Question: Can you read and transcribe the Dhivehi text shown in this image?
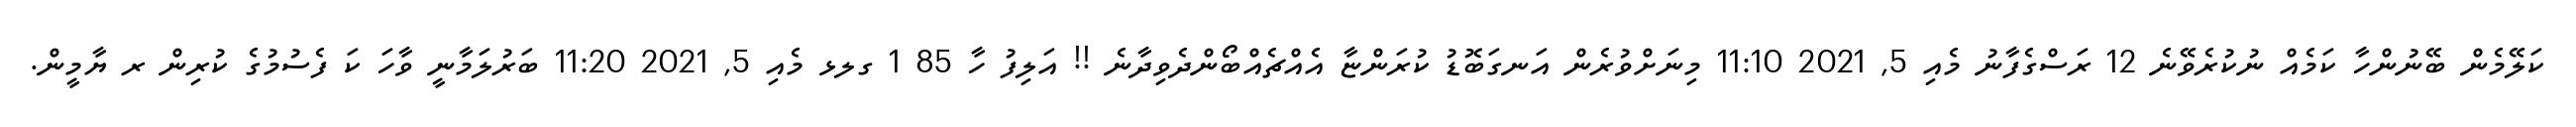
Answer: ކަލޭމެން ބޭނުންހާ ކަމެއް ނުކުރެވޭނެ 12 ރަސްގެފާނު މެއި 5, 2021 11:10 މިނަށްވުރެން އަނގަބޮޑު ކުރަންޏާ އެއްޗެއްބޯންދެވިދާނެ !! އަލިފު ހާ 85 1 ގލޅ މެއި 5, 2021 11:20 ބަރުލަމާނީ ވާހަ ކަ ފެސުމުގެ ކުރިން ރ ޔާމީން.